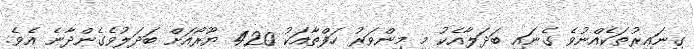
ގިނައިރުތަކެއްނުވެ ގެނައި ބަދަލާއެކު މި މިންވަރު ހަފްތާއަކު 420 ޔޫރޯއަށް ބަދަލުވެގެންދާނެ އެވެ.